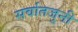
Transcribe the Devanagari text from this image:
सर्वातजुनी